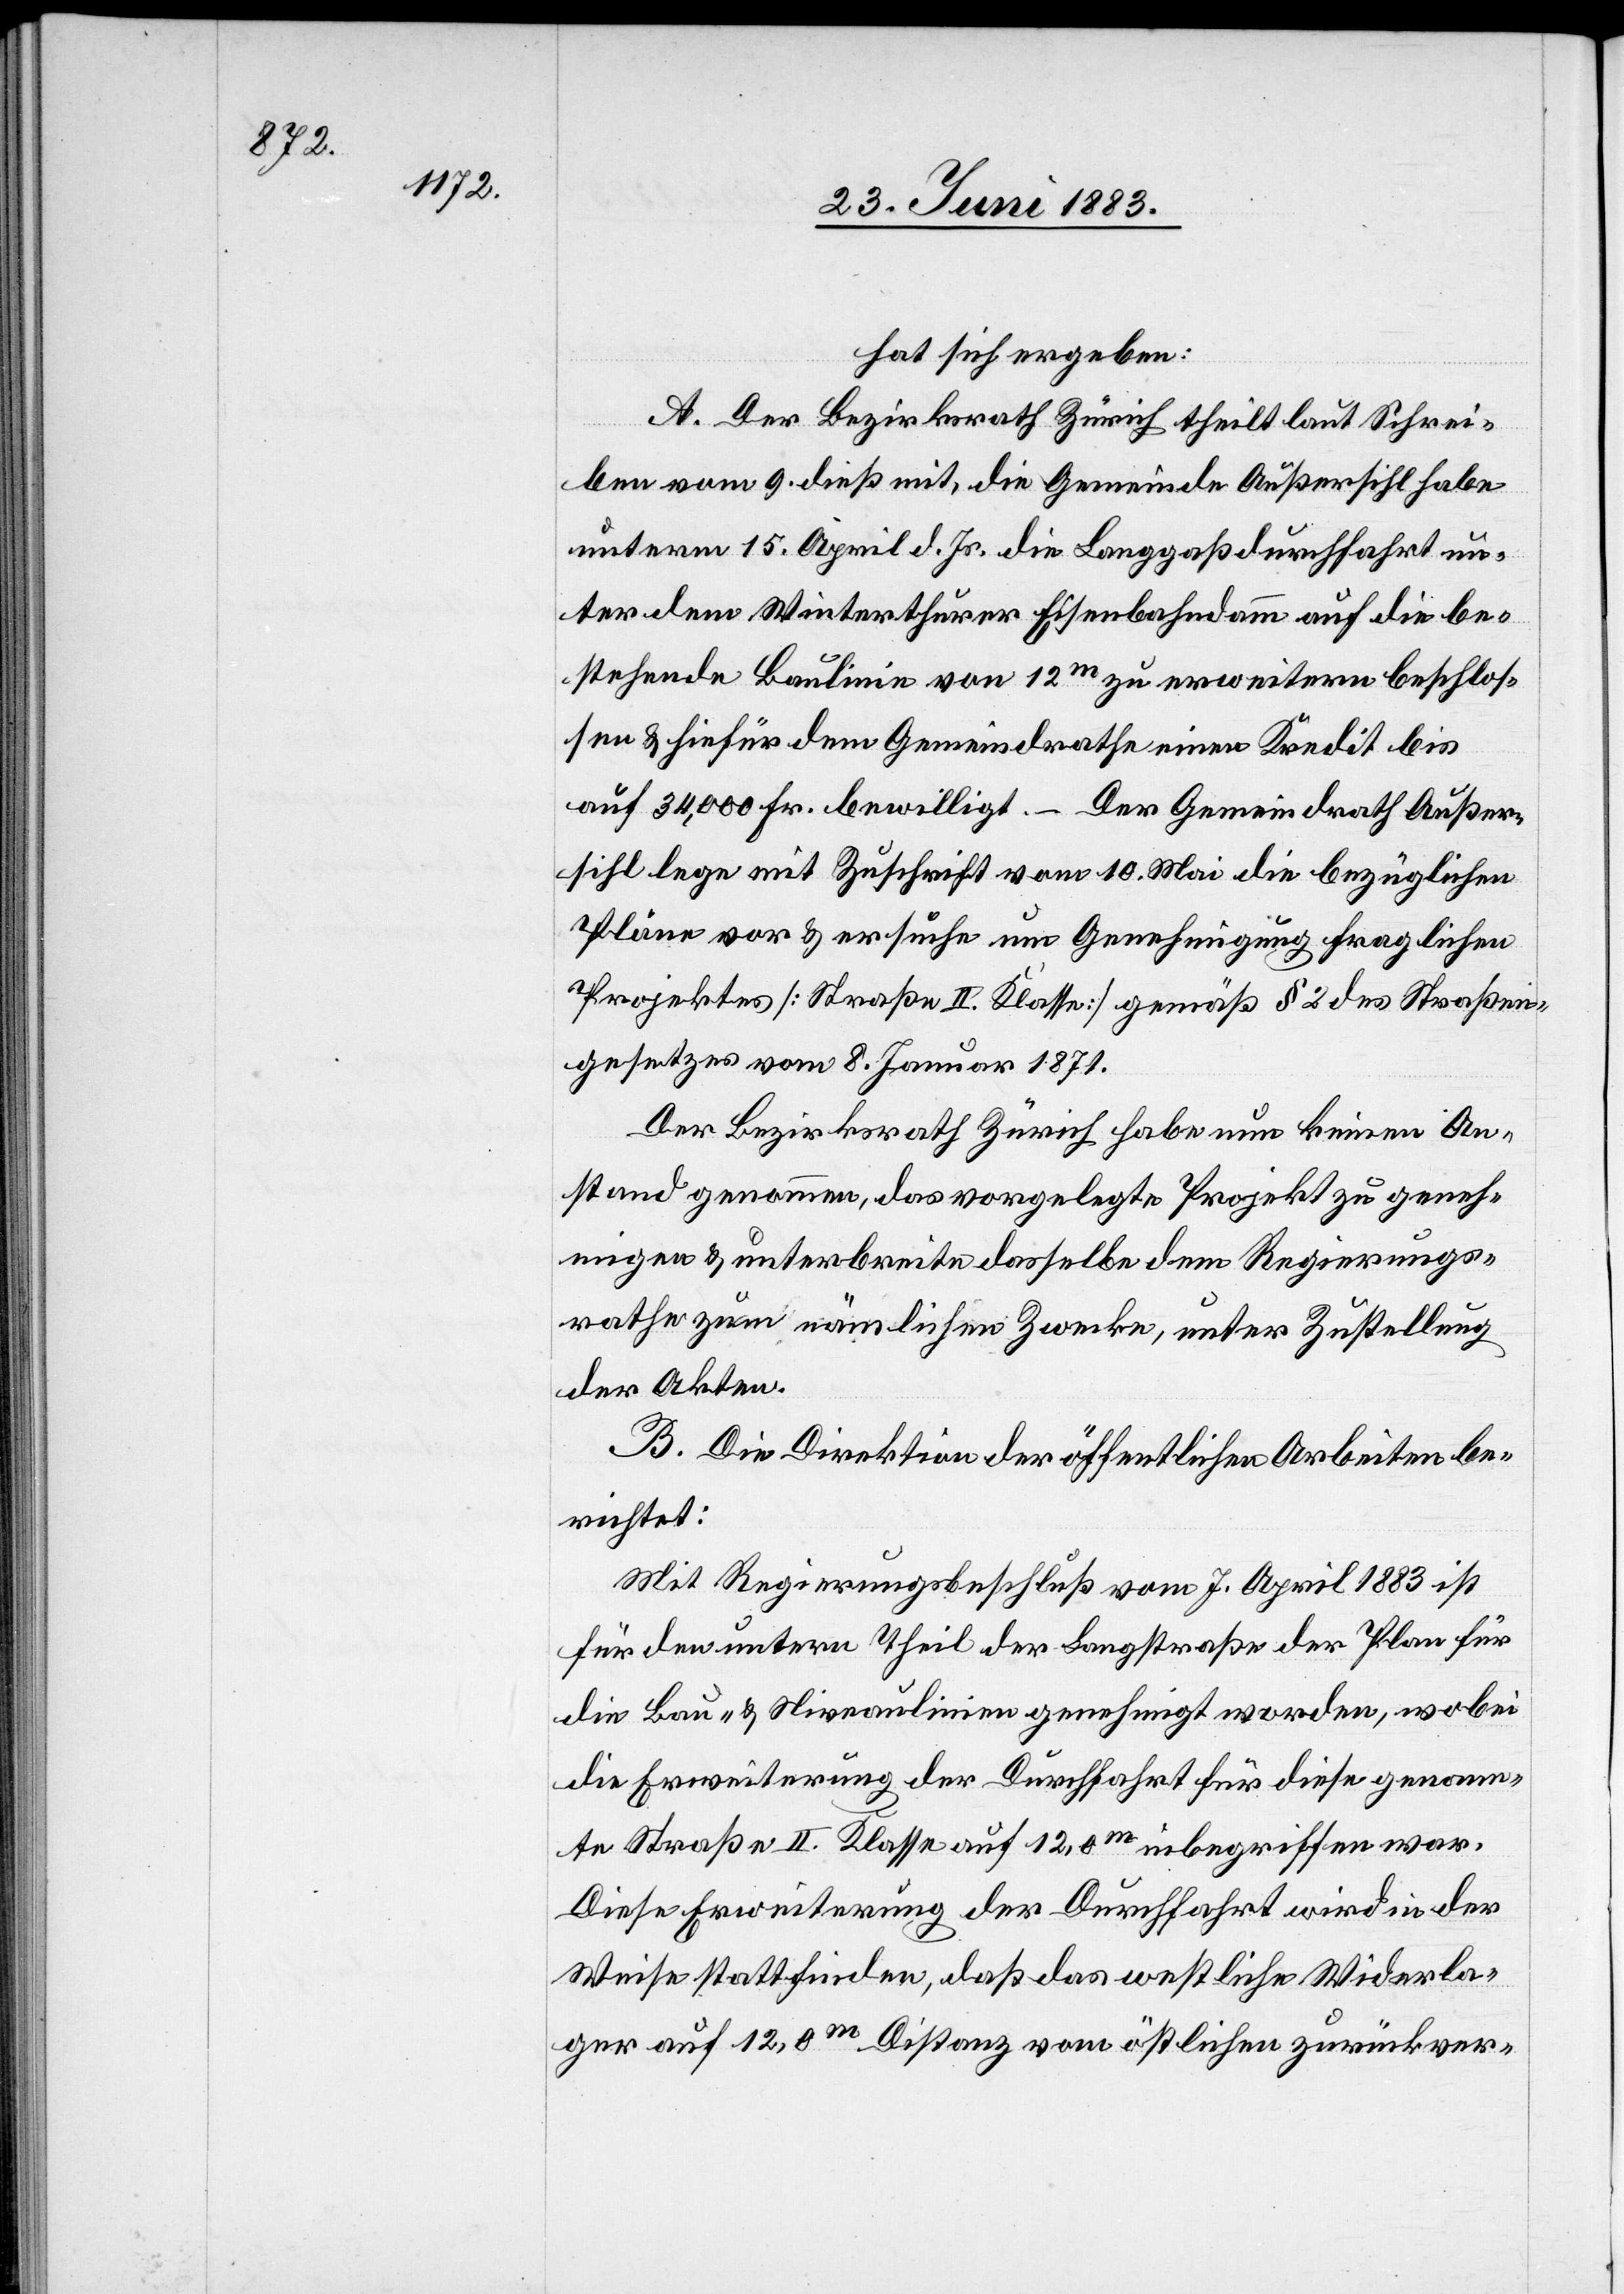
hat sich ergeben:
A. Der Bezirksrath Zürich theilt laut Schrei¬
ben vom 9. dieß mit, die Gemeinde Außersihl habe
unterm 15. April d. Js. die Langgaßdurchfahrt un¬
ter dem Winterthurer Eisenbahndamm auf die be¬
stehende Baulinie von 12m zu erweitern beschlos¬
sen & hiefür dem Gemeindrathe einen Kredit bis
auf 34,000 Fr. bewilligt. – Der Gemeindrath Außer¬
sihl lege mit Zuschrift vom 10. Mai die bezüglichen
Pläne vor & ersuche um Genehmigung fraglichen
Projektes [Straßen II. Klasse] gemäß § 2 des Straßen¬
gesetzes vom 8. Januar 1871.
Der Bezirksrath Zürich habe nun keinen An¬
stand genommen, das vorgelegte Projekt zu geneh¬
migen & unterbreite dasselbe dem Regierungs¬
rathe zum nämlichen Zwecke, unter Zustellung
der Akten.
B. Die Direktion der öffentlichen Arbeiten be¬
richtet:
Mit Regierungsbeschluß vom 7. April 1883 ist
für den untern Theil der Langstraße der Plan für
die Bau- & Niveaulinien genehmigt worden, wobei
die Erweiterung der Durchfahrt für diese genann¬
te Straße II. Klasse auf 12,0m inbegriffen war.
Diese Erweiterung der Durchfahrt wird in der
Weise stattfinden, daß das westliche Widerla¬
ger auf 12,0m Distanz vom östlichen zurückver-